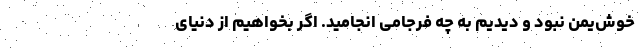
خوش‌یُمن نبود و دیدیم به چه فرجامی انجامید. اگر بخواهیم از دنیای